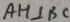
A H \bot B C